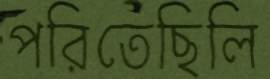
পরিতেছিলি